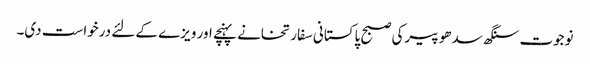
نوجوت سنگھ سدھو پیرکی صبح پاکستانی سفارتخانے پہنچے اور ویزے کے لئے درخواست دی۔